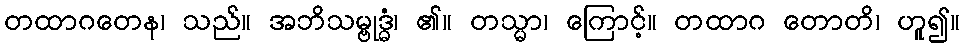
တထာဂတေန၊ သည်။ အဘိသမ္ဗုဒ္ဓံ၊ ၏။ တသ္မာ၊ ကြောင့်။ တထာဂ တောတိ၊ ဟူ၍။